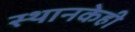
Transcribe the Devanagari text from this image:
स्थानकेही